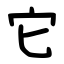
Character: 它